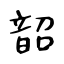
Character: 韶